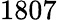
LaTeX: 1807